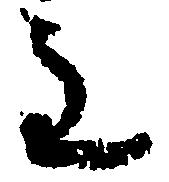
主